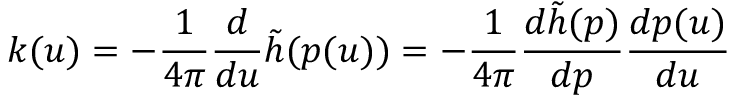
k ( u ) = - \frac { 1 } { 4 \pi } \frac { d } { d u } \tilde { h } ( p ( u ) ) = - \frac { 1 } { 4 \pi } \frac { d \tilde { h } ( p ) } { d p } \frac { d p ( u ) } { d u }